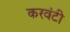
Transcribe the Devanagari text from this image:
करवंटी